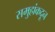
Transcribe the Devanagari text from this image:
समुहांकदून